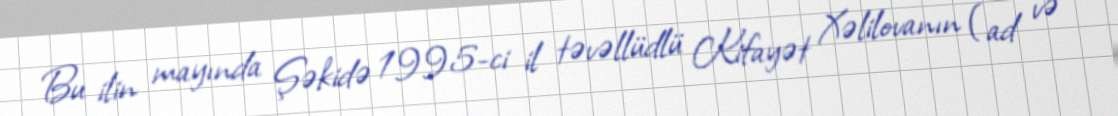
Bu ilin mayında Şəkidə 1995-ci il təvəllüdlü Kifayət Xəlilovanın (ad və